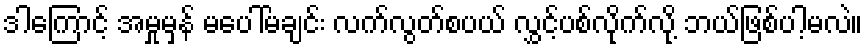
ဒါကြောင့် အမှုမှန် မပေါ်မချင်း လက်လွတ်စပယ် လွှင့်ပစ်လိုက်လို့ ဘယ်ဖြစ်ပါ့မလဲ။